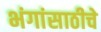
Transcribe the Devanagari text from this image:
भंगांसाठीचे